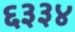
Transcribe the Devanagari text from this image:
६३३४